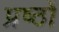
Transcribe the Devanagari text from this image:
प्रष्ठों